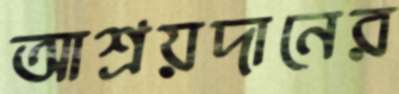
আশ্রয়দানের